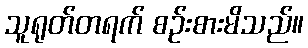
သူရုတ်တရက် စဉ်းစားမိသည်။